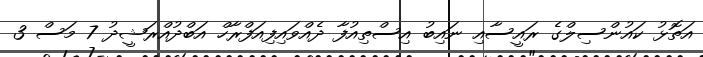
އަތޮޅު ކައުންސިލްގެ ރައީސާއި ނައިބު އިސްތިއުފާ ދެއްވައިފިއަފްރާހް އަބްދުއްްރަޝީދު 7 މަސް 3